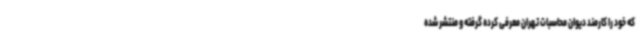
که خود را کارمند دیوان محاسبات تهران معرفی کرده گرفته و منتشر شده